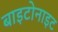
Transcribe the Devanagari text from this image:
बाइटोनाइट